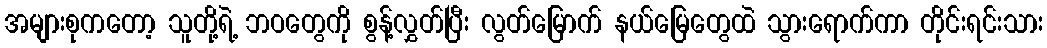
အများစုကတော့ သူတို့ရဲ့ ဘဝတွေကို စွန့်လွှတ်ပြီး လွတ်မြောက် နယ်မြေတွေထဲ သွားရောက်ကာ တိုင်းရင်းသား